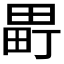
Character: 𬏈